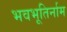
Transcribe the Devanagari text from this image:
भवभूतिर्नाम